Scottish Leaving Certificate Examination, 1959
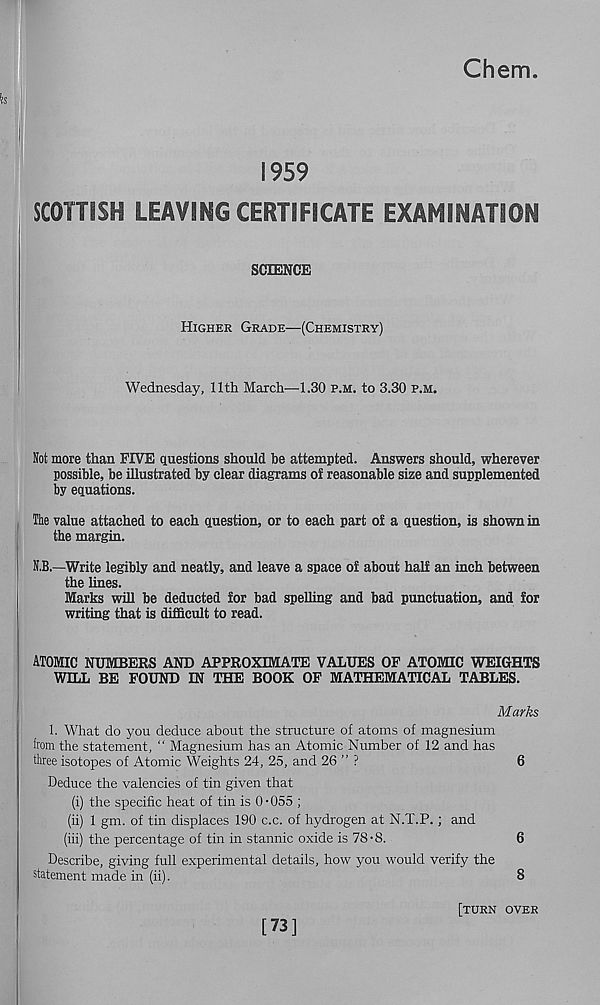
Chem
1959
SCOTTISH LEAVING CERTIFICATE EXAMINATION
SCIENCE
Higher Grade—(Chemistry)
Wednesday, 11th March—1.30 p.m. to 3.30 p.m.
Rot more than FIVE questions should be attempted. Answers should, wherever
possible, be illustrated by clear diagrams of reasonable size and supplemented
by equations.
The value attached to each question, or to each part of a question, is shown in
the margin.
R.B.—Write legibly and neatly, and leave a space of about half an inch between
the lines.
Marks will be deducted for bad spelling and bad punctuation, and for
writing that is difficult to read.
ATOMIC NUMBERS AND APPROXIMATE VALUES OF ATOMIC WEIGHTS
WILL BE FOUND IN THE BOOK OF MATHEMATICAL TABLES.
Marks
1. What do you deduce about the structure of atoms of magnesium
from the statement, “ Magnesium has an Atomic Number of 12 and has
three isotopes of Atomic Weights 24, 25, and 26 ” ?
6
Deduce the valencies of tin given that
(i) the specific heat of tin is 0 • 055 ;
(ii) 1 gm. of tin displaces 190 c.c. of hydrogen at N.T.P.; and
(iii) the percentage of tin in stannic oxide is 78-8.
6
Describe, giving full experimental details, how you would verify the
statement made in (ii).
8
[73]
[turn over